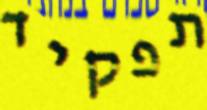
תפקיד